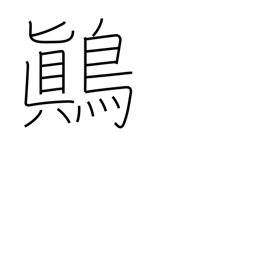
Meaning: yellow-white mottled songbird